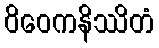
ဝိဝေကနိဿိတံ